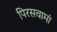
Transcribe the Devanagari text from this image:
पिरसवामां